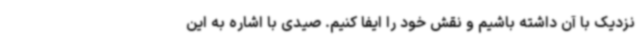
نزدیک با آن داشته باشیم و نقش خود را ایفا کنیم. صیدی با اشاره به این